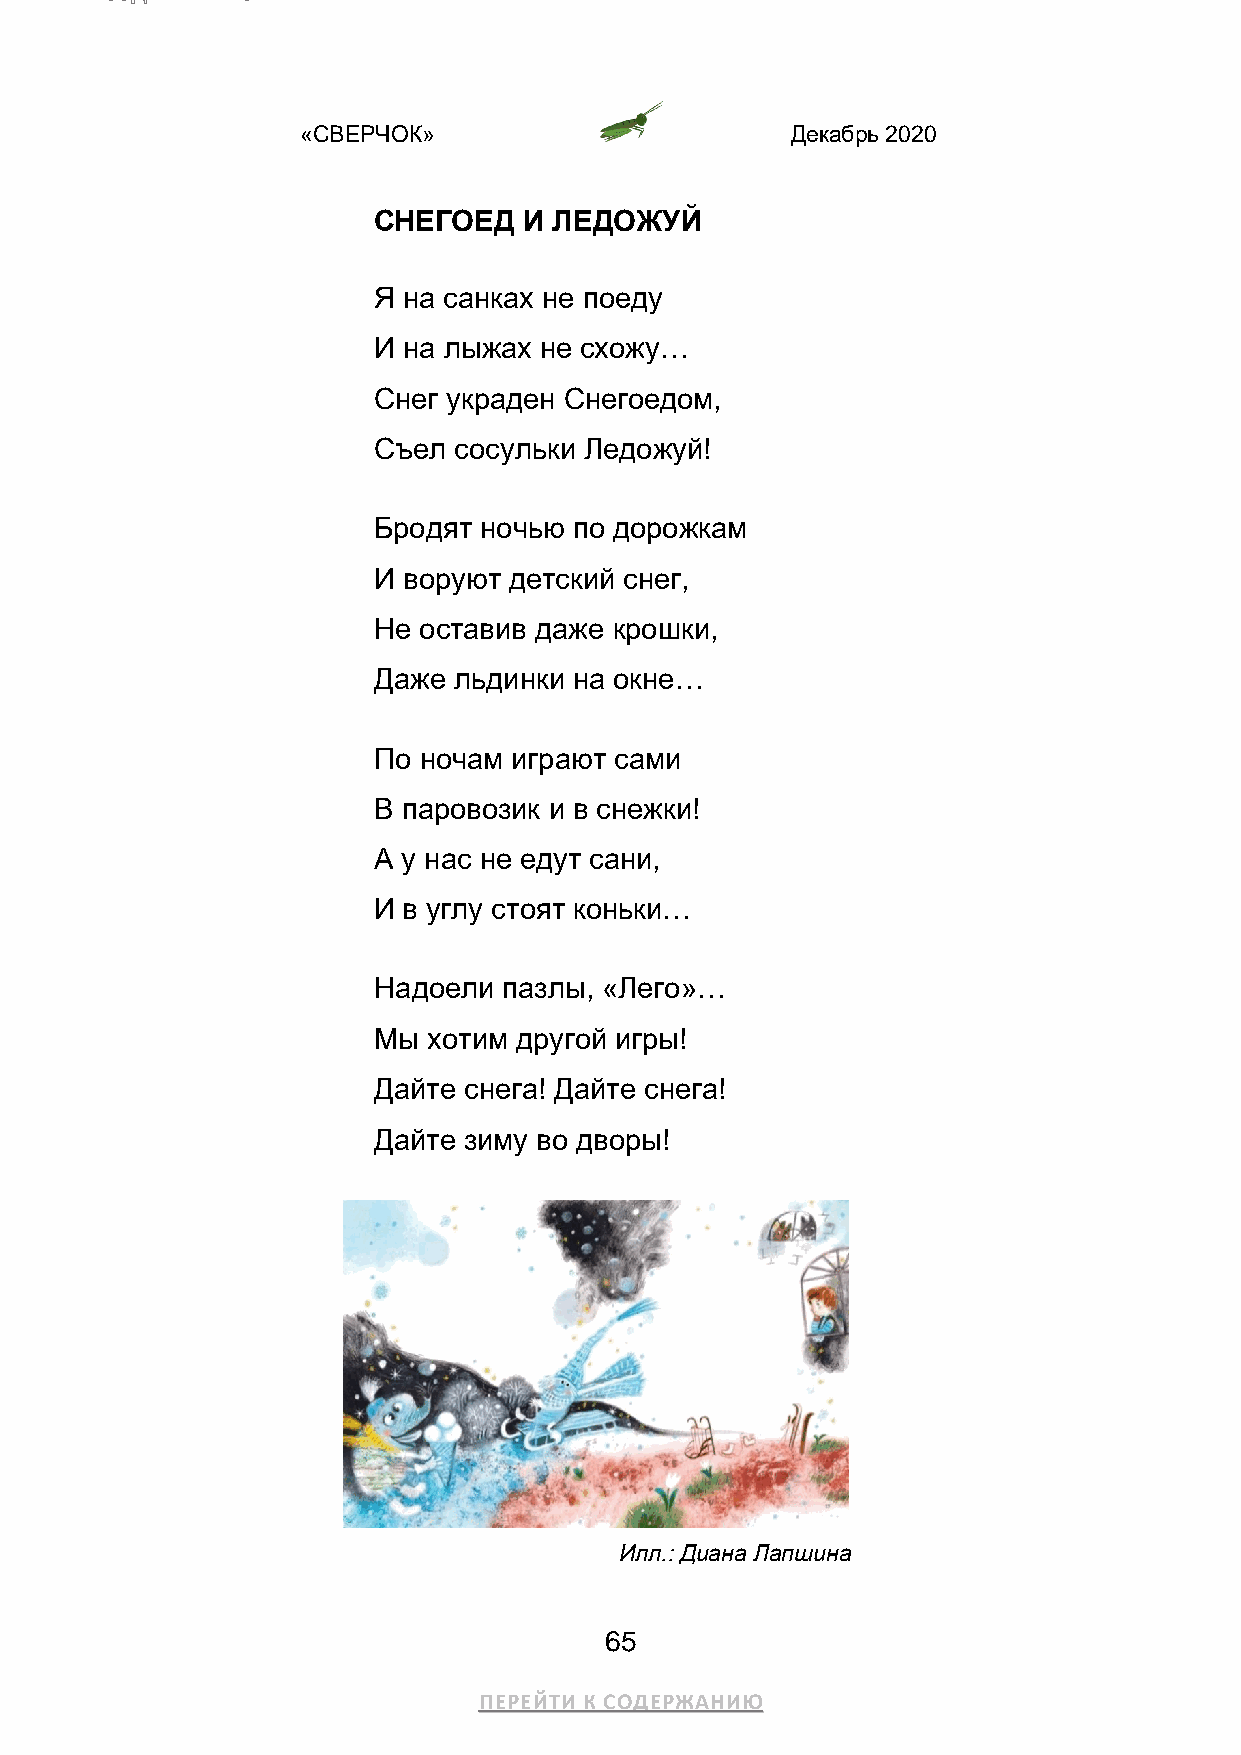
«СВЕРЧОК»                       Декабрь 2020
 СНЕГОЕД   И ЛЕДОЖУЙ
 Я на санках не поеду
 И на лыжах не схожу…
 Снег украден Снегоедом,
 Съел сосульки Ледожуй!
 Бродят ночью по дорожкам
 И воруют детский снег,
 Не оставив даже крошки,
 Даже льдинки на окне…
 По ночам играют сами
 В паровозик и в снежки!
 А у нас не едут сани,
 И в углу стоят коньки…
 Надоели пазлы, «Лего»…
 Мы хотим другой игры!
 Дайте снега! Дайте снега!
 Дайте зиму во дворы!
 Илл.: Диана Лапшина
 65
 ПЕРЕЙТИ К СОДЕРЖАНИЮ